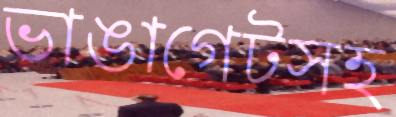
ভাঙাগেটসহ